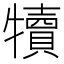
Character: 犢